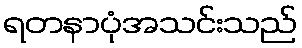
ရတနာပုံအသင်းသည်